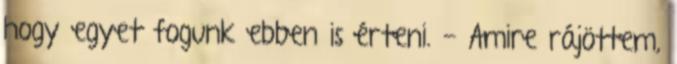
hogy egyet fogunk ebben is érteni. - Amire rájöttem,